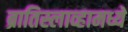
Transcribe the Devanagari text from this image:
ब्रातिस्लाव्हामध्ये